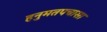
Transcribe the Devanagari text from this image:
हनुमतपचासा